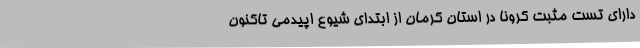
دارای تست مثبت کرونا در استان کرمان از ابتدای شیوع اپیدمی تاکنون